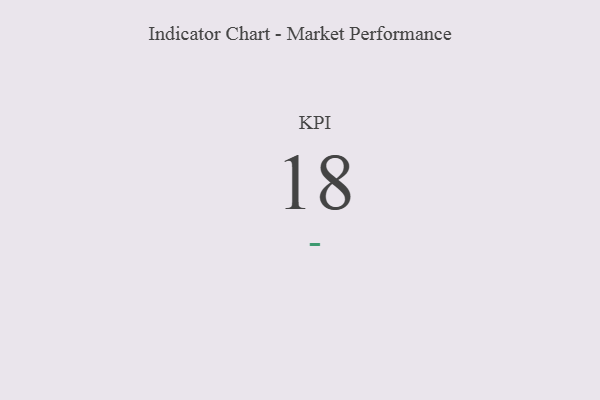
{"axis": {"x": "KPI", "y": "Value"}, "legend": [""], "data": [{"x": "KPI", "y": 18, "type": ""}]}